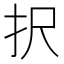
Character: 択